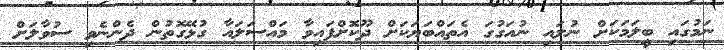
ނަމުގައި ބީލަމަކަށް ނުލައި ނުއަގުގަ އެތައްބަޔަކަށް ދޫކޮށްފައިވާ މައްސަލައާ ގުޅޭގޮތުން ދެންނެވި ސުވާލަށް